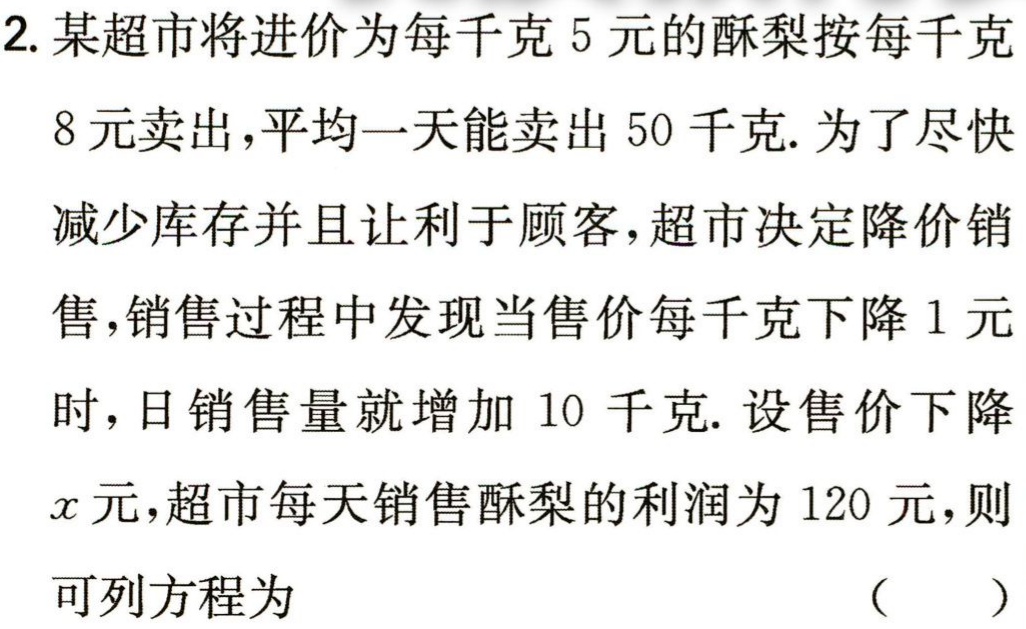
2. 某超市将进价为每千克5元的酥梨按每千克

8元卖出，平均一天能卖出50千克. 为了尽快

减少库存并且让利于顾客，超市决定降价销

售，销售过程中发现当售价每千克下降1元

时，日销售量就增加10千克. 设售价下降

\(x\)元，超市每天销售酥梨的利润为120元，则

可列方程为 （  ）